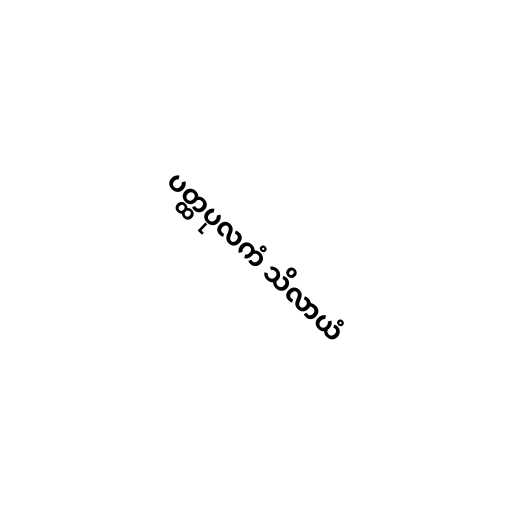
ပတ္ထပုလကံ သိလာယံ